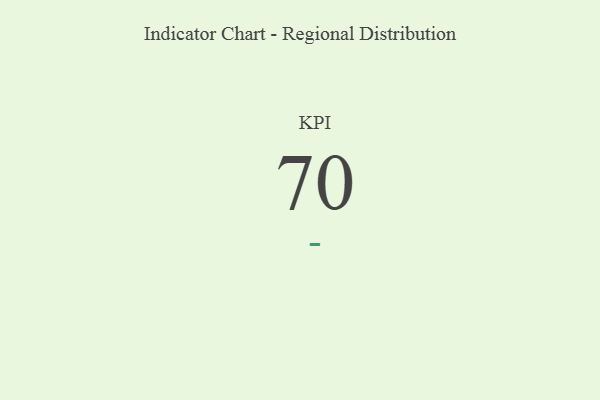
{"axis": {"x": "KPI", "y": "Value"}, "legend": [""], "data": [{"x": "KPI", "y": 70, "type": ""}]}